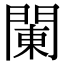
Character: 䦨